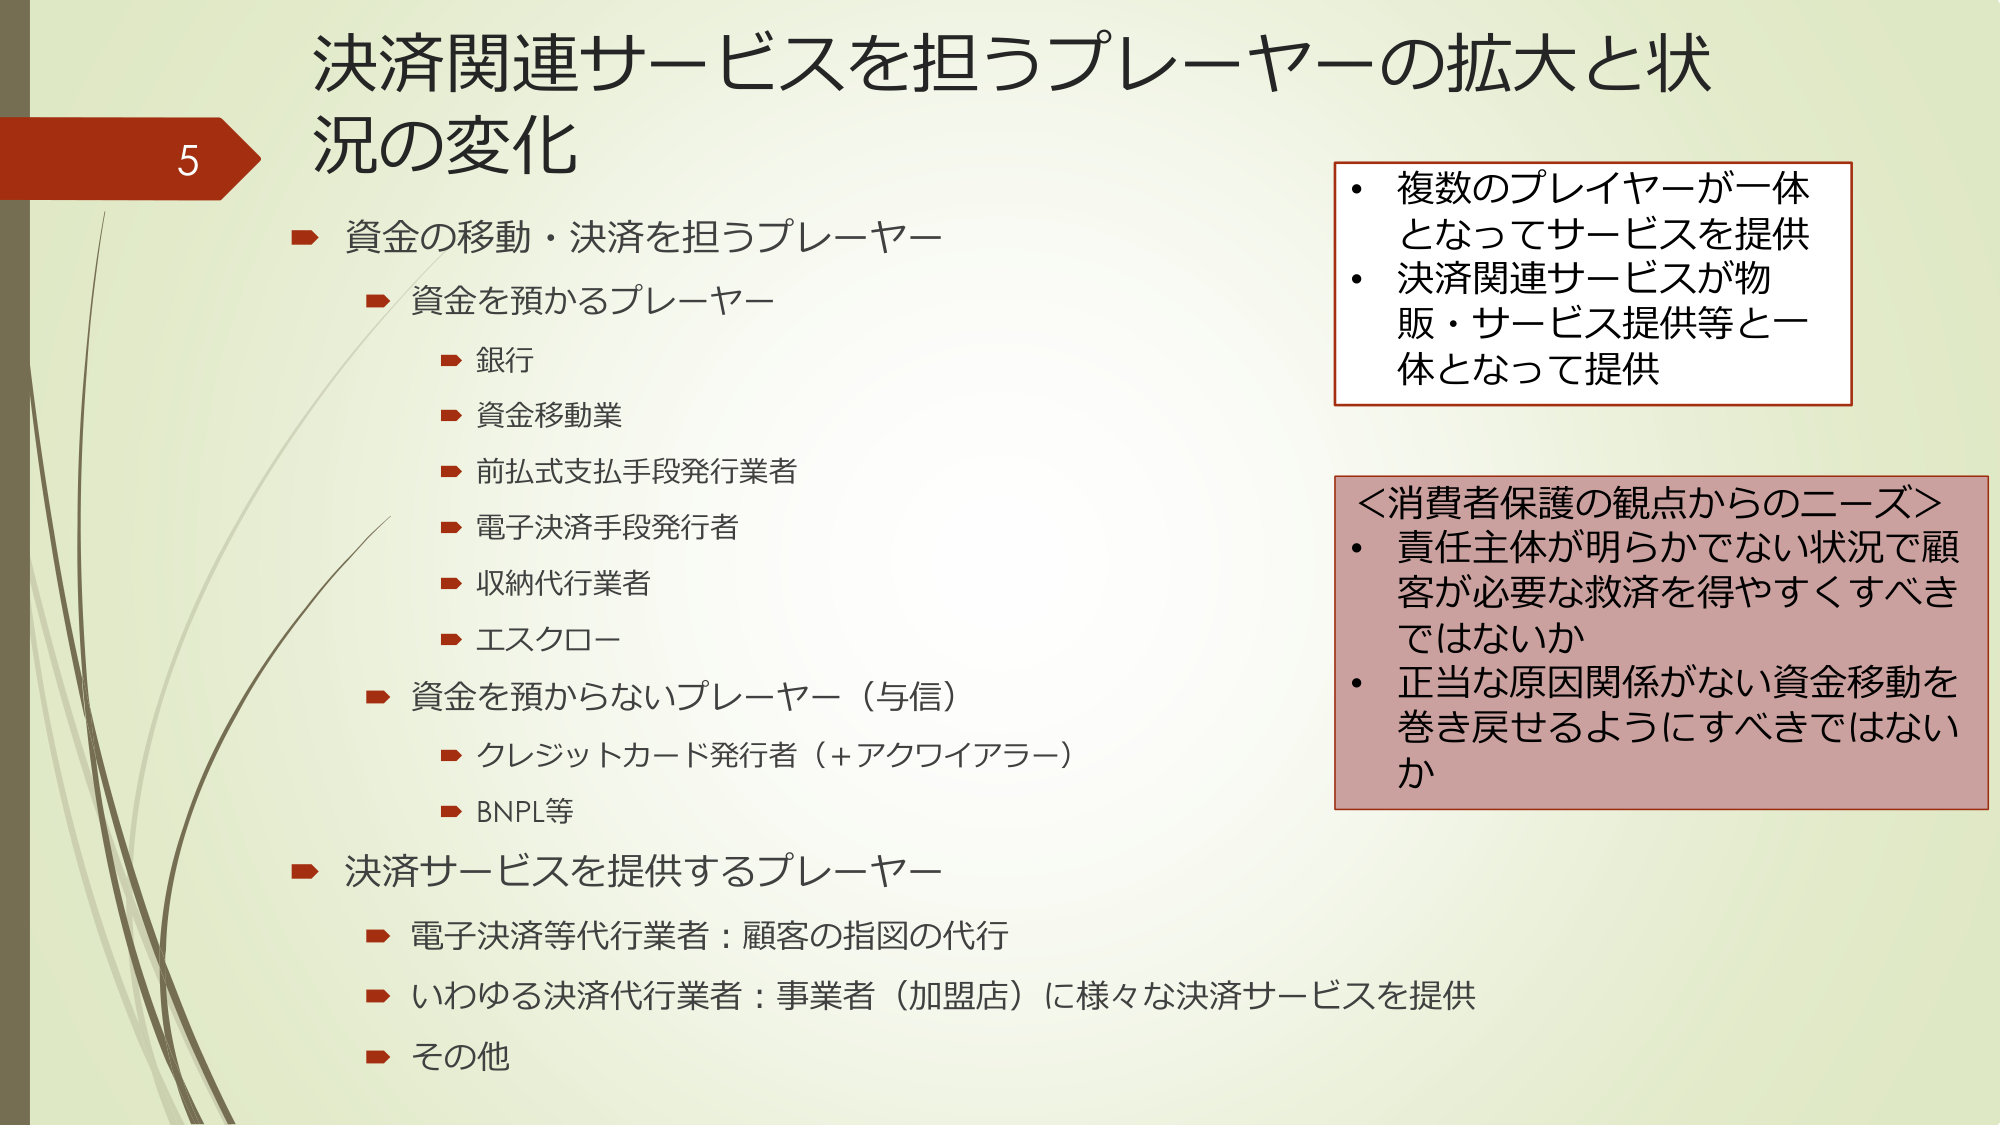
5
決済関連サービスを担うプレーヤーの拡大と状況の変化

■ 資金の移動・決済を担うプレーヤー
　■ 資金を預かるプレーヤー
　　■ 銀行
　　■ 資金移動業
　　■ 前払式支払手段発行業者
　　■ 電子決済手段発行者
　　■ 収納代行業者
　　■ エスクロー
　■ 資金を預からないプレーヤー（与信）
　　■ クレジットカード発行者（＋アクワイアラー）
　　■ BNPL等

■ 決済サービスを提供するプレーヤー
　■ 電子決済等代行業者：顧客の指図の代行
　■ いわゆる決済代行業者：事業者（加盟店）に様々な決済サービスを提供
　■ その他

・ 複数のプレイヤーが一体となってサービスを提供
・ 決済関連サービスが物販・サービス提供等と一体となって提供

＜消費者保護の観点からのニーズ＞
・ 責任主体が明らかでない状況で顧客が必要な救済を得やすくすべきではないか
・ 正当な原因関係がない資金移動を巻き戻せるようにすべきではないか